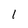
Character: 1